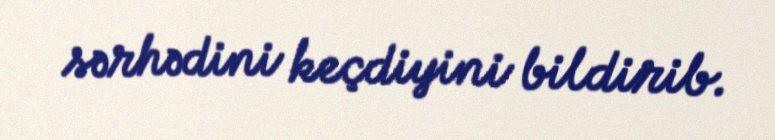
sərhədini keçdiyini bildirib.